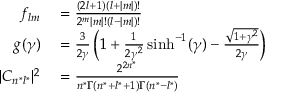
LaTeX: \begin{array} { r l } { f _ { l m } } & { { } = { \frac { ( 2 l + 1 ) ( l + | m | ) ! } { 2 ^ { m } | m | ! ( l - | m | ) ! } } } \\ { g ( \gamma ) } & { { } = { \frac { 3 } { 2 \gamma } } \left( 1 + { \frac { 1 } { 2 \gamma ^ { 2 } } } \sinh ^ { - 1 } ( \gamma ) - { \frac { \sqrt { 1 + \gamma ^ { 2 } } } { 2 \gamma } } \right) } \\ { | C _ { n ^ { * } l ^ { * } } | ^ { 2 } } & { { } = { \frac { 2 ^ { 2 n ^ { * } } } { n ^ { * } \Gamma ( n ^ { * } + l ^ { * } + 1 ) \Gamma ( n ^ { * } - l ^ { * } ) } } } \end{array}